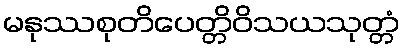
မနုဿစုတိပေတ္တိဝိသယသုတ္တံ